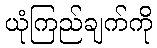
ယုံကြည်ချက်ကို